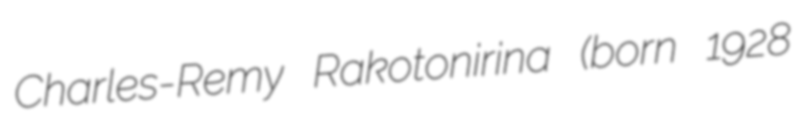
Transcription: Charles-Remy Rakotonirina (born 1928